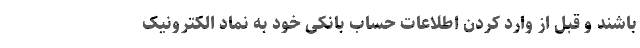
باشند و قبل از وارد کردن اطلاعات حساب بانکی خود به نماد الکترونیک